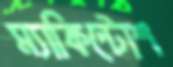
ম্যাকিন্টোশ